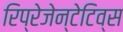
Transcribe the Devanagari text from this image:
रिप्रेजेन्टेटिव्स